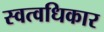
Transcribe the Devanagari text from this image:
स्वत्वधिकार